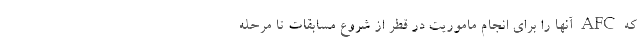
که AFC آنها را برای انجام ماموریت در قطر از شروع مسابقات تا مرحله